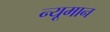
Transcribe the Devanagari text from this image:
न्यूमान